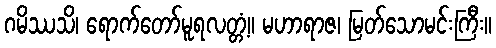
ဂမိဿသိ၊ ရောက်တော်မူရလတ္တံ့။ မဟာရာဇ၊ မြတ်သောမင်းကြီး။